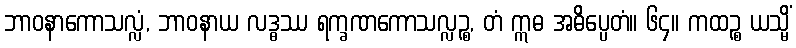
ဘာဝနာကောသလ္လံ, ဘာဝနာယ လဒ္ဓဿ ရက္ခဏကောသလ္လဉ္စ, တံ ဣဓ အဓိပ္ပေတံ။ ၆၄။ ကထဉ္စ ယသ္မိံ